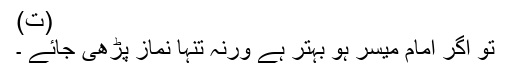
(ت)
تو اگر امام میسر ہو بہتر ہے ورنہ تنہا نماز پڑھی جائے ۔